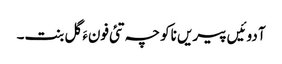
آ دوئیں پیریں ناکو چہ تئی فونءَ گل بنت۔